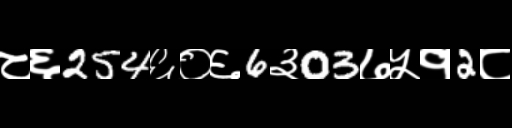
Text: ८६254६०६6३03७५१2८